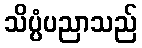
သိပ္ပံပညာသည်